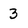
Character: 3